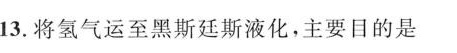
13.将氢气运至黑斯廷斯液化，主要目的是